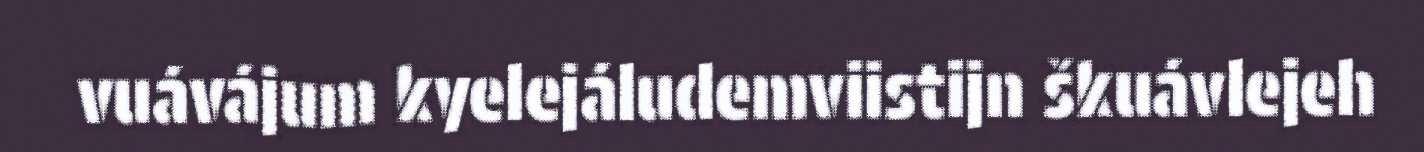
vuávájum kyelejáludemviistijn škuávlejeh